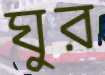
ঘুর